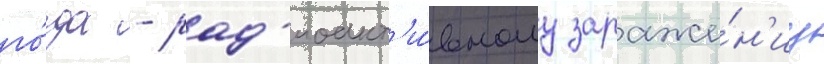
го́да - рад'иоакт'и́вному зараже́н'иу